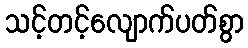
သင့်တင့်လျောက်ပတ်စွာ